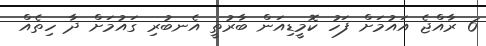
6 ރާއްޖެ އައުމަށް ފަހު ކޮމީޑިއަން ބާރުތީ އެނބުރި ގައުމަށް ދާ ހިތެއް